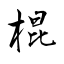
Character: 棍